Vaccination in Bombay 1856-1862 - 1856-1862
Year: 1856
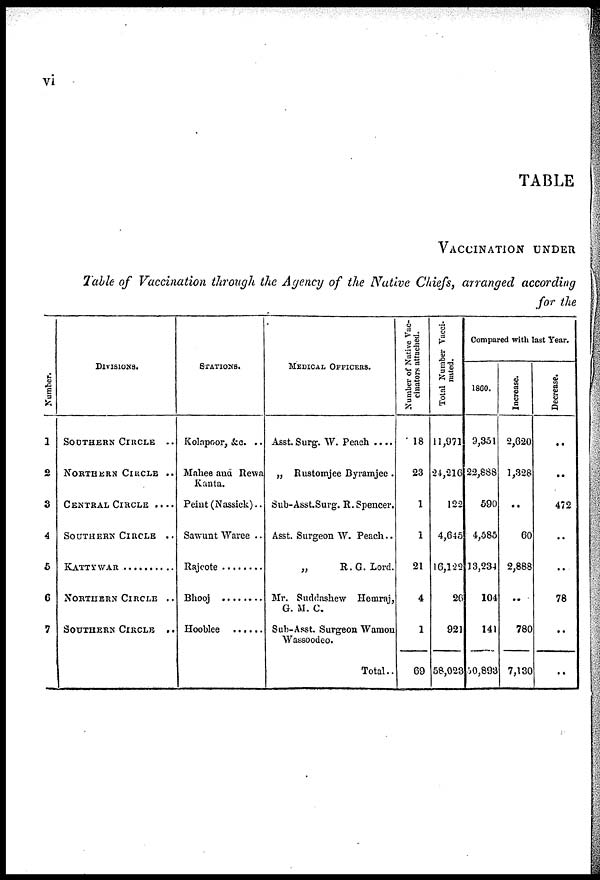
vi
TABLE
VACCINATION UNDER
Table of Vaccination through the Agency of the Native Chiefs, arranged according
for the
Number.
1
2
3
4
5
6
7
Divisions.
SOUTHERN CIRCLE
..
NORTHERN CIRCLE ..
CENTRAL CIRCLE ....
SOUTHERN CIRCLE ..
KATTYWAR ..........
NORTHERN CIRCLE ..
SOUTHERN CIRCLE ..
STATIONS.
Kolapoor, &c. ..
Mahee and Rewa
Kanta.
Peint (Nassick)..
Sawunt Waree ..
Rajcote ........
Bhooj ........
Hooblee ......
MEDICAL OFFICERS.
Asst. Surg. W. Peach ....
„ Rustomjee Byramjee .
Sub-Asst.Surg. R.Spencer.
Asst. Surgeon W. Peach..
„
R.G. Lord.
Mr. Suddashew Hemraj,
G. M. C.
Sub-Asst. Surgeon Wamon
Wassoodeo.
Total..
Number of Native Vac-
cinators attached.
18
23
1
1
21
4
1
69
Total Number Vacci¬
nated.
11,971
24,216
122
4,645
16,122
26
921
58,023
Compared with last Year.
1860.
9,351
22,888
590
4,585
13,234
104
141
50,893
Increase.
2,620
1,328
..
60
2,888
..
780
7,130
Decrease.
..
..
472
..
..
78
..
..